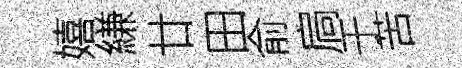
嬉縑廿田俞扃于苦